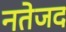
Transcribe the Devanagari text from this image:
नतेजद